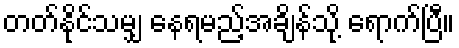
တတ်နိုင်သမျှ နေရမည့်အချိန်သို့ ရောက်ပြီ။